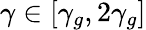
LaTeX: \gamma\in[\gamma_{g},2\gamma_{g}]